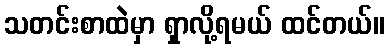
သတင်းစာထဲမှာ ရှာလို့ရမယ် ထင်တယ်။